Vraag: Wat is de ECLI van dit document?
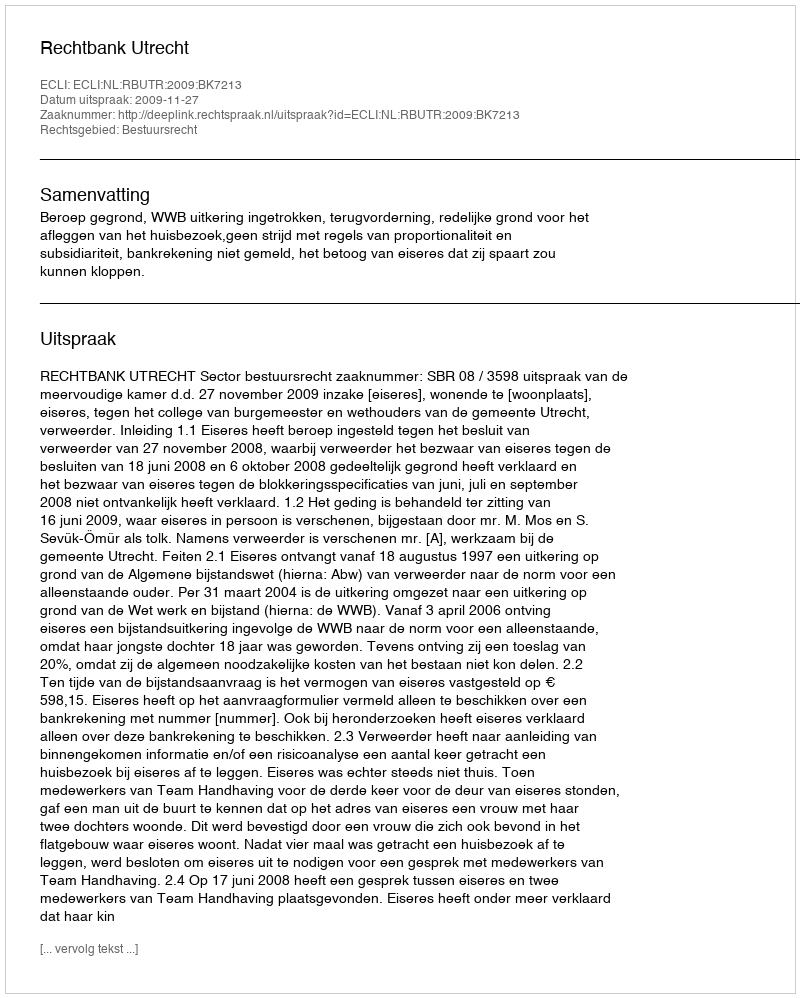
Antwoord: ECLI:NL:RBUTR:2009:BK7213